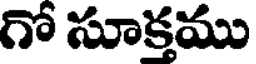
గో సూక్తము